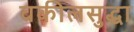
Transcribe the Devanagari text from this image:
वकीलसुद्धा